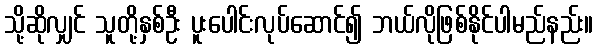
သို့ဆိုလျှင် သူတို့နှစ်ဦး ပူးပေါင်းလုပ်ဆောင်၍ ဘယ်လိုဖြစ်နိုင်ပါမည်နည်း။